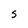
Character: S